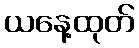
ယနေ့ထုတ်